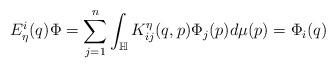
LaTeX: \begin{align*}E_{\eta}^i(q)\Phi=\sum_{j=1}^n\int_{\mathbb{H}}K_{ij}^{\eta}(q,p)\Phi_j(p)d\mu(p)=\Phi_i(q)\end{align*}